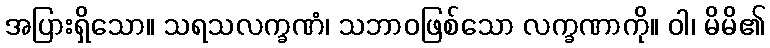
အပြားရှိသော။ သရသလက္ခဏံ၊ သဘာဝဖြစ်သော လက္ခဏာကို။ ဝါ၊ မိမိ၏